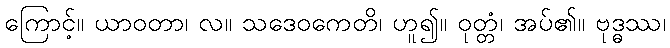
ကြောင့်။ ယာဝတာ၊ လ။ သဒေဝကေတိ၊ ဟူ၍။ ဝုတ္တံ၊ အပ်၏။ ဗုဒ္ဓဿ၊